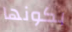
بكونها